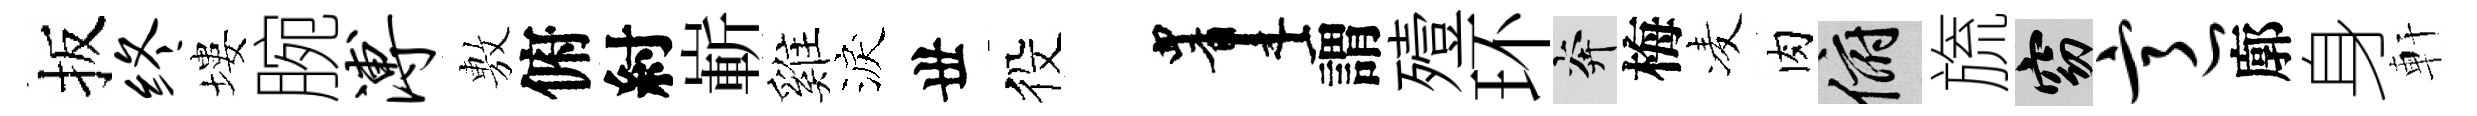
扳终塿腕溥𢾾俯紂嶄雞淚丗役画謂殪环奔梅凌肉俯旒窈意廓身軒